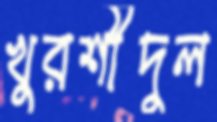
খুরশীদুল